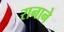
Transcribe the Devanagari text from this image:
रानाने